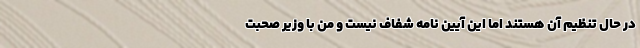
در حال تنظیم آن هستند اما این آیین نامه شفاف نیست و من با وزیر صحبت